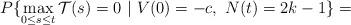
LaTeX: \begin{align*}P\{\max_{0\le s\le t}\mathcal{T}(s)=0\ |\ V(0) = -c,\ N(t) = 2k-1\} =\end{align*}